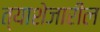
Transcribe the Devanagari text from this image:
त्याशेजारील